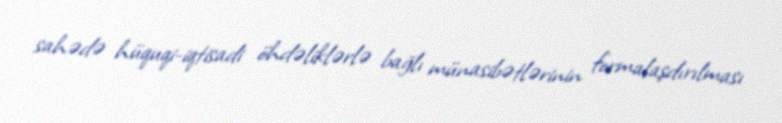
sahədə hüquqi-iqtisadi öhdəliklərlə bağlı münasibətlərinin formalaşdırılması